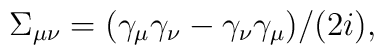
\Sigma_{\mu \nu}=(\gamma_\mu \gamma_\nu-\gamma_\nu\gamma_\mu)/(2 i),